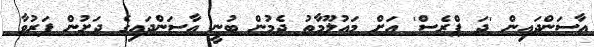
އާސަންދައިން 'ދަ ޕްރެސް' އަށް މައުލޫމާތު ދެމުން ބުނީ އާސަންދައިގެ ދަށުން ފަރުވާ